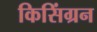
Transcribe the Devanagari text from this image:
किसिंग्रन